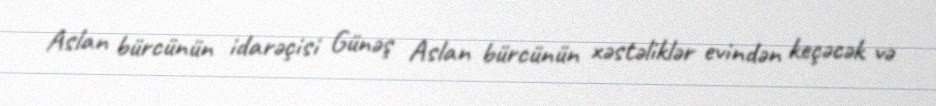
Aslan bürcünün idarəçisi Günəş Aslan bürcünün xəstəliklər evindən keçəcək və